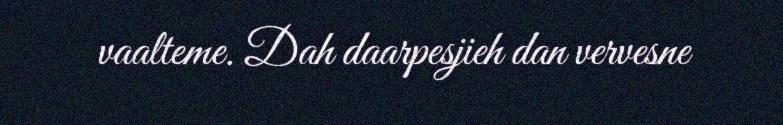
vaalteme. Dah daarpesjieh dan vervesne